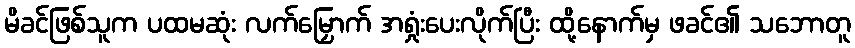
မိခင်ဖြစ်သူက ပထမဆုံး လက်မြှောက် အရှုံးပေးလိုက်ပြီး ထို့နောက်မှ ဖခင်၏ သဘောတူ